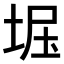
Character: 𫭺